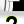
Digit: 2